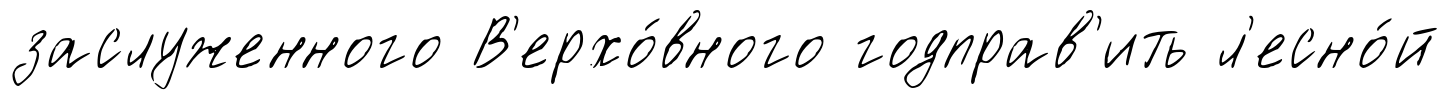
заслуженного В'ерхо́вного годправ'ить л'есно́й